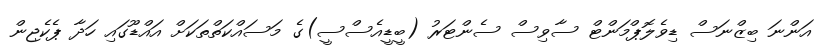
އަންނަ ބިޒްނަސް ޑިވެލޮޕްމަންޓް ސާވިސް ސެންޓަރު (ބީޑީއެސްސީ)ގެ މަސައްކަތްތަކަށް އައްޑޫގައި ހަދާ ޕެކެޖިން